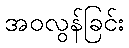
အဝလွန်ခြင်း